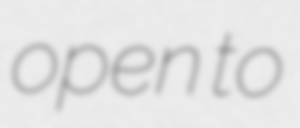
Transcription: open to